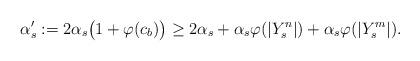
LaTeX: \begin{align*}\alpha_s^\prime : = 2\alpha_s\big(1+\varphi(c_b) \big) \geq 2\alpha_s + \alpha_s\varphi(|Y^n_s|)+ \alpha_s\varphi(|Y^m_s|).\end{align*}